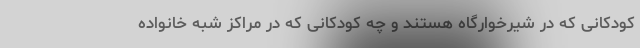
کودکانی که در شیرخوارگاه هستند و چه کودکانی که در مراکز شبه خانواده